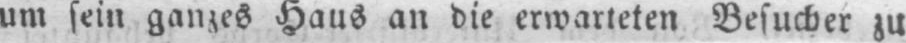
um sein ganzes Haus an die erwarteten Besucher zu